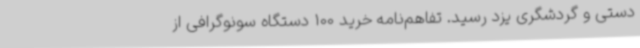
دستی و گردشگری یزد رسید. تفاهم‌نامه خرید 100 دستگاه سونوگرافی از